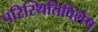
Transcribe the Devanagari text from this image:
परिस्थितिविशेष